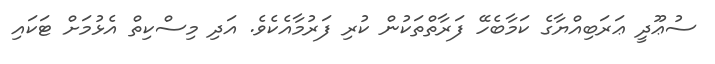
ސުޢޫދީ ޢަރަބިއްޔާގެ ކަމާބެހޭ ފަރާތްތަކުން ކުރި ފަރުމާއެކެވެ. އަދި މިސްކިތް އެޅުމަށް ޓަކައި